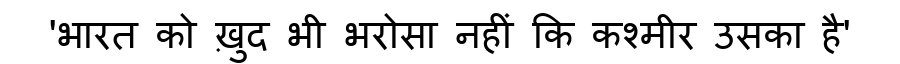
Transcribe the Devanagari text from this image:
'भारत को ख़ुद भी भरोसा नहीं कि कश्मीर उसका है'